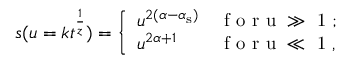
s ( u = k t ^ { \frac { 1 } { z } } ) = \left\{ \begin{array} { l l } { u ^ { 2 ( \alpha - \alpha _ { \mathrm { s } } ) } } & { \mathrm { ~ f ~ o ~ r ~ u ~ \gg ~ 1 ~ } ; } \\ { u ^ { 2 \alpha + 1 } } & { \mathrm { ~ f ~ o ~ r ~ u ~ \ll ~ 1 ~ } , } \end{array} \right.